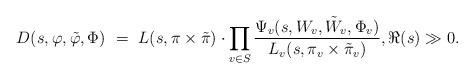
LaTeX: \begin{align*}D(s, \varphi, \tilde \varphi, \Phi) \ = \ L(s, \pi \times \tilde \pi) \cdot \prod_{v \in S} \frac{\Psi_v (s, W_v, \tilde W_v, \Phi_v)}{L_v (s, \pi_v \times \tilde \pi_v)}, \Re(s) \gg 0. \end{align*}